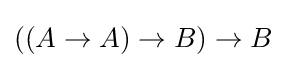
((A\to A)\to B)\to B